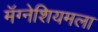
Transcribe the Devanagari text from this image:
मॅग्नेशियमला